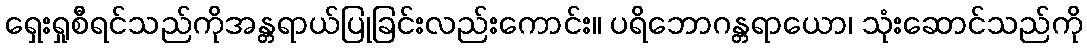
ရှေးရှုစီရင်သည်ကိုအန္တရာယ်ပြုခြင်းလည်းကောင်း။ ပရိဘောဂန္တရာယော၊ သုံးဆောင်သည်ကို